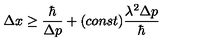
\Delta x \ge \frac { \hbar } { \Delta p } + ( c o n s t ) \frac { \lambda ^ { 2 } \Delta p } { \hbar }